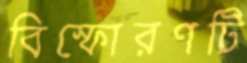
বিস্ফোরণটি